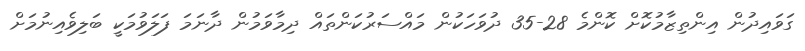
ގަވައިދުން އިންތިޒާމުކޮށް ކޮންމެ 28-35 ދުވަހަކުން މައްސަރުކަންތައް ދިމާވަމުން ދާނަމަ ފަލަވުމަކީ ބަލިވެއިނުމަށް